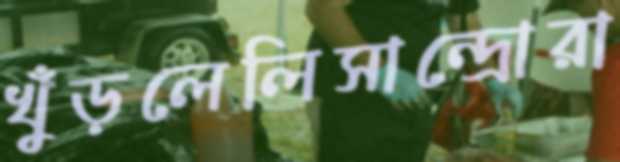
খুঁড়লেলিসান্দ্রোরা